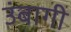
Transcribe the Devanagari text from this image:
उंबागी